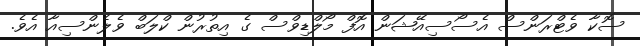
ސޮކާ ވެޓްރަންސް އެސޯސިއޭޝަން އޮފް މޯލްޑިވްސް ގެ އިތުރުން ކްލަބް ވެލެންސިއާ އެވެ.